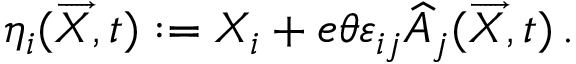
\eta _ { i } ( \overrightarrow { X } , t ) : = X _ { i } + e \theta \varepsilon _ { i j } \widehat { A } _ { j } ( \overrightarrow { X } , t ) \, .